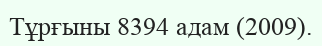
Тұрғыны 8394 адам (2009).